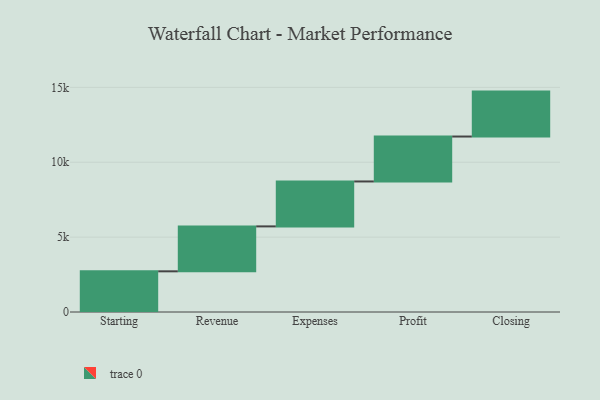
{"axis": {"x": "Step", "y": "Value"}, "legend": [""], "data": [{"x": "Starting", "y": 2716.0, "type": ""}, {"x": "Revenue", "y": 3000, "type": ""}, {"x": "Expenses", "y": 3000, "type": ""}, {"x": "Profit", "y": 3000, "type": ""}, {"x": "Closing", "y": 3000, "type": ""}]}